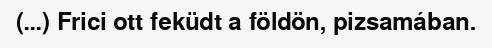
(…) Frici ott feküdt a földön, pizsamában.